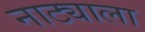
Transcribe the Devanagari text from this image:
नाट्याला